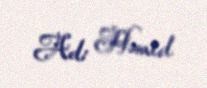
Ad: Həmid